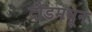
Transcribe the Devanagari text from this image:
दौंडमधून